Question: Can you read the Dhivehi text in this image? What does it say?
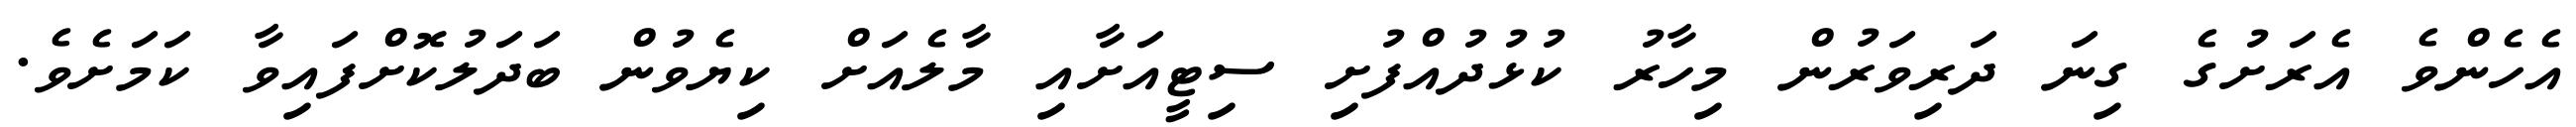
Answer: އެހެންވެ އެރަށުގެ ގިނަ ދަރިވަރުން މިހާރު ކުޅުދުއްފުށި ސިޓީއަށާއި މާލެއަށް ކިޔެވުން ބަދަލުކޮށްފައިވާ ކަމަށެވެ.